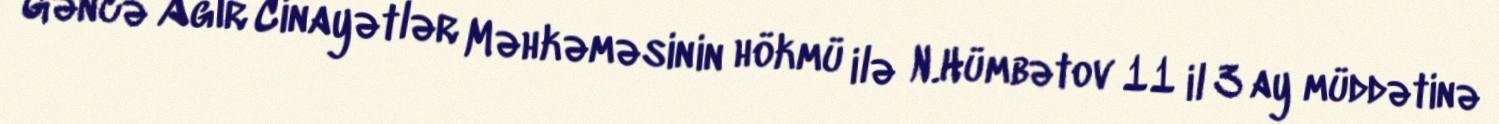
Gəncə Ağır Cinayətlər Məhkəməsinin hökmü ilə N.Hümbətov 11 il 3 ay müddətinə